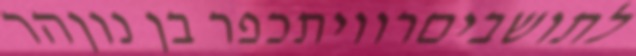
לתושביםרוויתכפר בן נוןהר